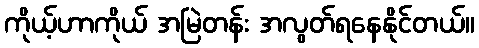
ကိုယ့်ဟာကိုယ် အမြဲတန်း အလွတ်ရနေနိုင်တယ်။